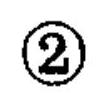
\textcircled{2}